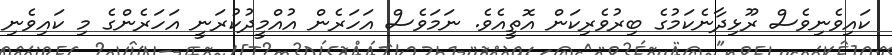
ކައިވެނިވެސް ރޫޅިދާނެކަމުގެ ބިރުވެރިކަން އޮތީއެވެ. ނަމަވެސް އަހަރެން އުއްމީދުކުރަނީ އަހަރެންގެ މި ކައިވެނި